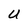
Character: U